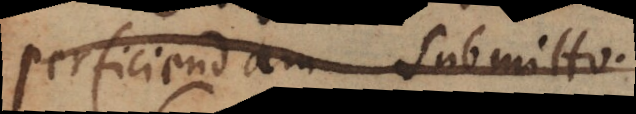
perficiendam submitto.